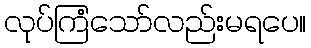
လုပ်ကြံသော်လည်းမရပေ။